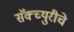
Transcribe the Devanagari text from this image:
सॅंक्च्युरीचे